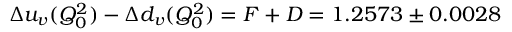
\Delta u _ { v } ( Q _ { 0 } ^ { 2 } ) - \Delta d _ { v } ( Q _ { 0 } ^ { 2 } ) = F + D = 1 . 2 5 7 3 \pm 0 . 0 0 2 8